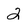
Character: 2